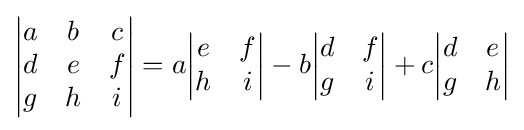
{\begin{vmatrix}a&b&c\\d&e&f\\g&h&i\end{vmatrix}}=a{\begin{vmatrix}e&f\\h&i\end{vmatrix}}-b{\begin{vmatrix}d&f\\g&i\end{vmatrix}}+c{\begin{vmatrix}d&e\\g&h\end{vmatrix}}